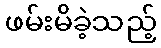
ဖမ်းမိခဲ့သည့်